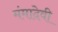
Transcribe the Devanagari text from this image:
मंमादेवी